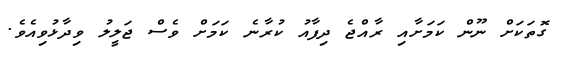
ގޮތަކަށް ނޫން ކަމަށާއި ރާއްޖެ ދިފާއު ކުރާނެ ކަމަށް ވެސް ޖަލީލު ވިދާޅުވިއެވެ.